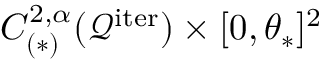
C _ { ( \ast ) } ^ { 2 , \alpha } ( \mathcal { Q } ^ { \mathrm { i t e r } } ) \times [ 0 , \theta _ { \ast } ] ^ { 2 }